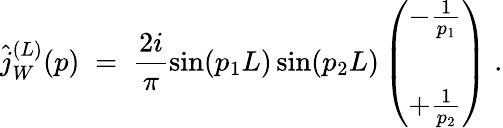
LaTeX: \hat{j}_{W}^{(L)}(p)\; =\; \frac{2i}{\pi}\sin(p_{1}L)\sin(p_{2}L)\left(\begin{array}{c}{{-\frac{1}{p_{1}}}}\\ {{\; }}\\ {{+\frac{1}{p_{2}}}}\end{array}\right)\; .